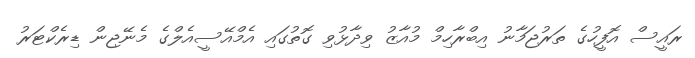
ރައީސް އޮފީހުގެ ތަރުޖަމާނު އިބްރާހިމް މުއާޒު ވިދާޅުވި ގޮތުގައި އެމްއޭސީއެލްގެ މެނޭޖިން ޑިރެކްޓަރު